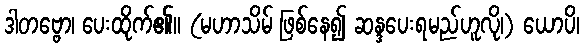
ဒါတဗ္ဗော၊ ပေးထိုက်၏။ (မဟာသိမ် ဖြစ်နေ၍ ဆန္ဒပေးရမည်ဟူလို၊) ယောပိ၊